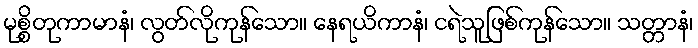
မုစ္စိတုကာမာနံ၊ လွတ်လိုကုန်သော။ နေရယိကာနံ၊ ငရဲသူဖြစ်ကုန်သော။ သတ္တာနံ၊